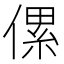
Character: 傫